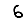
Digit: 6